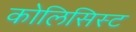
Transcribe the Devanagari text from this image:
कोलिसिस्ट